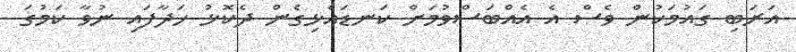
އަރަބި ގައުމަކުން ވެސް އެ އެއްބަސްވުމަށް ކަނޑައެޅިގެން ދެކޮޅު ހަދާފައި ނުވާ ކަމުގަ